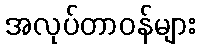
အလုပ်တာဝန်များ